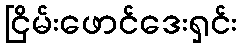
ငြိမ်းဖောင်ဒေးရှင်း